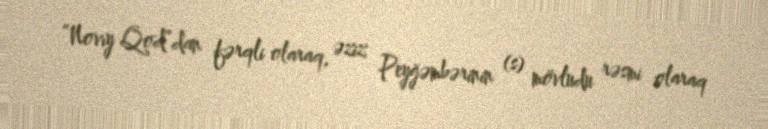
“Novıy Qod”dan fərqli olaraq, əziz Peyğəmbərinin (s) mövludu rəsmi olaraq